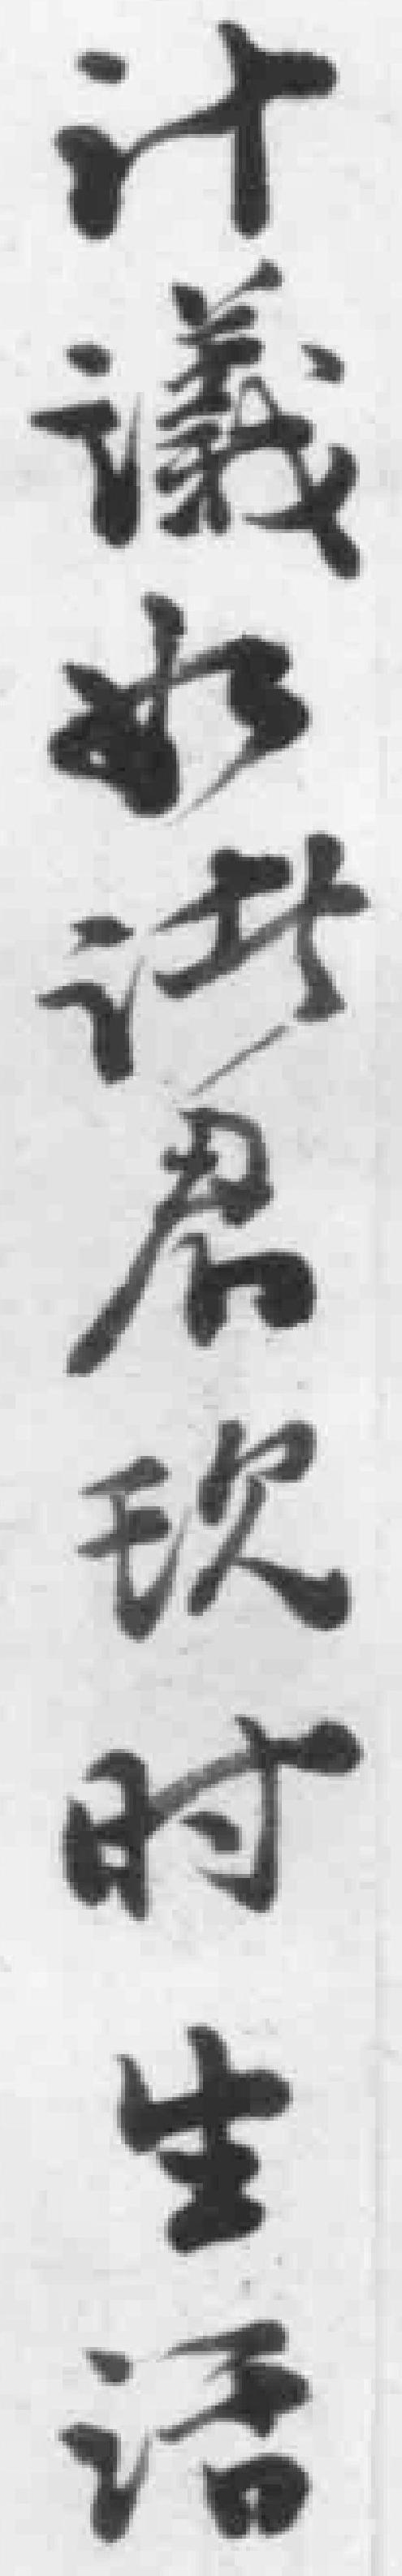
计議*君现时生活